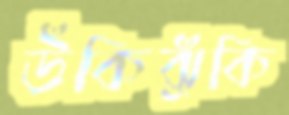
উঁকিঝুঁকি